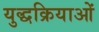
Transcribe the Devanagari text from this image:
युद्धक्रियाओं